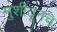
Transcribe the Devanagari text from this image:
मुशीतूनच